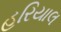
હરિયાલ